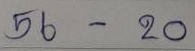
56 - 20